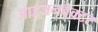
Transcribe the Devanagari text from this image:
आइजनवेक्टर